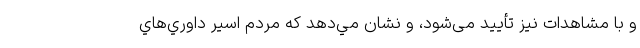
و با مشاهدات نیز تأیید می‌شود، و نشان مي‌دهد كه مردم اسير داوري‌هاي